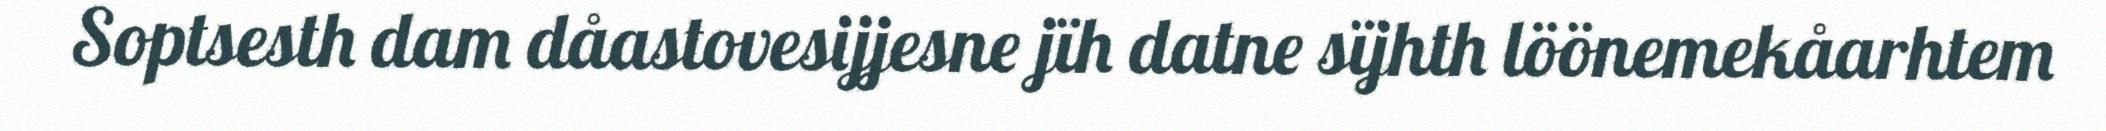
Soptsesth dam dåastovesijjesne jïh datne sïjhth löönemekåarhtem